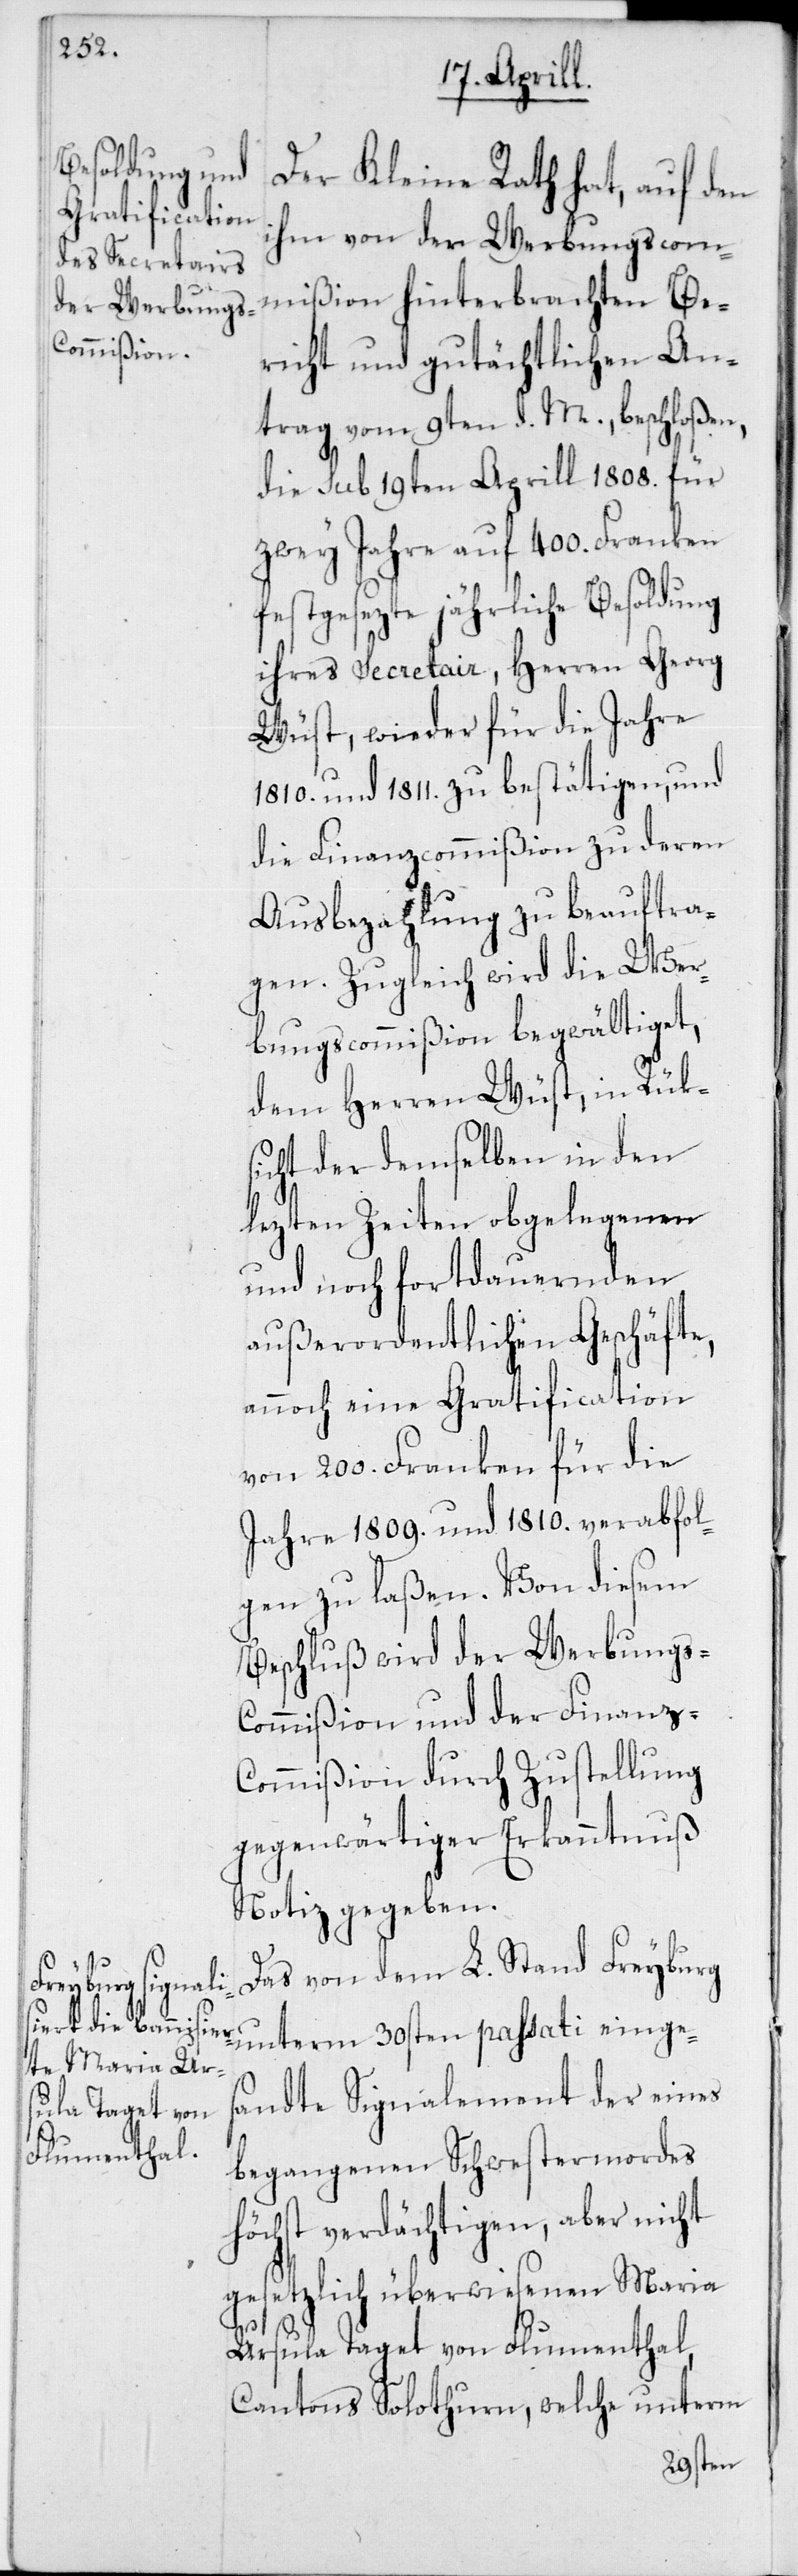
Der Kleine Rath hat, auf den
ihm von der Werbungscom¬
mißion hinterbrachten Be¬
richt und gutächtlichen An¬
trag vom 9ten d. M. beschloßen,
die sub 19ten Aprill 1808. für
zwey Jahre auf 400. Franken
festgesezte jährliche Besoldung
ihres Secretair, Herren Georg
Wüst, wieder für die Jahre
1810. und 1811. zu bestätigen, und
die Finanzcommißion zu deren
Ausbezahlung zu beauftra¬
gen. Zugleich wird die Wer¬
bungscommißion begwältiget,
dem Herren Wüst, in Rüks¬
icht der demselben in den
lezten Zeiten obgelegenen
und noch fortdauernden
außerordentlichen Geschäfte,
annoch eine Gratification
von 200. Franken für die
Jahre 1809. und 1810. verabfol¬
gen zu laßen. Von diesem
Beschluß wird der Werbungs-C¬
ommißion und der Finanz-C¬
ommißion durch Zustellung
gegenwärtiger Erkanntnuß
Notiz gegeben.
Das von dem L. Stand Freyburg
unterm 30sten passati einges¬
andte Signalement der eines
begangenen Schwestermordes
höchst verdächtigen, aber nicht
gesetzlich überwiesenen Maria
Ursula Taget von Flumenthal,
Cantons Solothurn, welche unterm